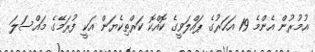
އުމުރުން އެންމެ 19 އަހަރުގެ ޕައްލަވީގެ ކޮއްކޮ ކަރްތިކެޔަން އަކީ ފުރަމޭގެ މައްސަލަ